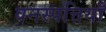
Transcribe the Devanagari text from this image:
वनस्पत्तियाँ